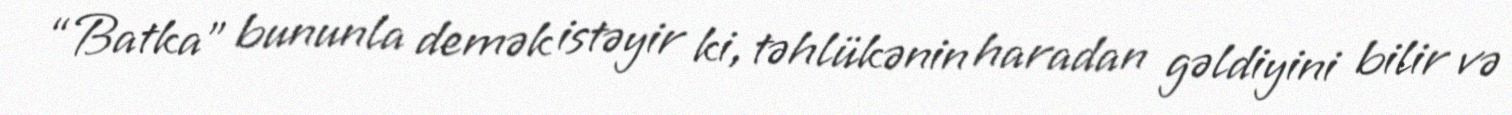
“Batka” bununla demək istəyir ki, təhlükənin haradan gəldiyini bilir və